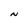
Character: N